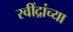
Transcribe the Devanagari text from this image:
रवींद्रांच्या